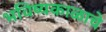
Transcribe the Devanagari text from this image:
भविष्यकाळाचे